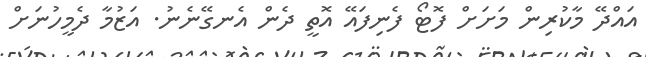
އައްދޭ މާކުރިން މަށަށް ފޮޓޯ ފެނިފައޭ އޮތީ ދެން އެނގޭނެނު. އަޒުމާ ދެމީހުނަށް